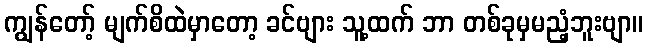
ကျွန်တော့် မျက်စိထဲမှာတော့ ခင်ဗျား သူ့ထက် ဘာ တစ်ခုမှမညံ့ဘူးဗျာ။